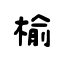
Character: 榆